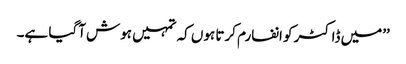
’’میں ڈاکٹر کو انفارم کرتا ہوں کہ تمہیں ہوش آگیا ہے۔